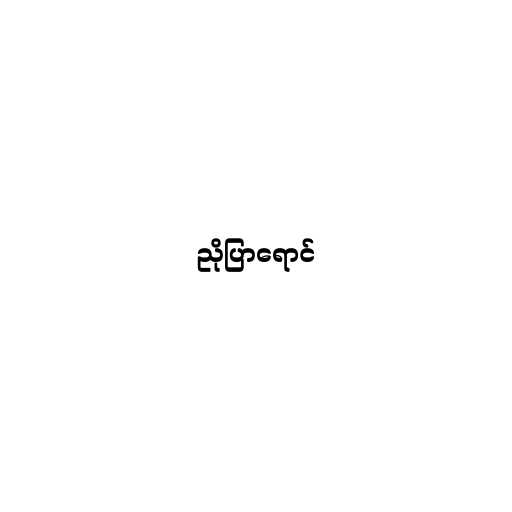
ညိုပြာရောင်